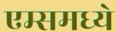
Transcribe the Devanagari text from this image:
एम्समध्ये